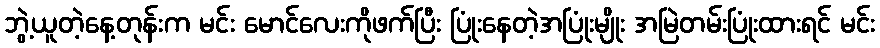
ဘွဲ့ယူတဲ့နေ့တုန်းက မင်း မောင်လေးကိုဖက်ပြီး ပြုံးနေတဲ့အပြုံးမျိုး အမြဲတမ်းပြုံးထားရင် မင်း